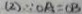
( 2 ) \because O A = O B